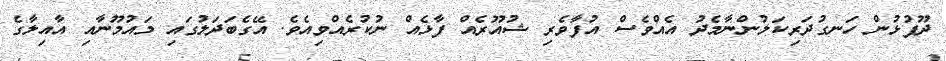
ދޫފުޅުން ހަނގުދަރިކަލުންނާމެދު އެއްވެސް އުފާވެރި ޝުއޫރެއް ފާޅެއް ނުކުރެއްވިއެވެ. އޭގެބަދަލުގައި މައުމޫނާއި އާއިލާގެ